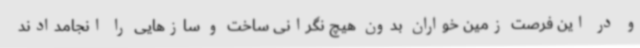
و در این فرصت زمین خواران بدون هیچ نگرانی ساخت و سازهایی را انجامدادند